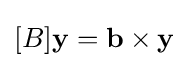
[B]\mathbf {y} =\mathbf {b} \times \mathbf {y}